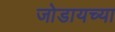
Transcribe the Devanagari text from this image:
जोडायच्या